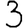
Digit: 3